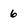
Character: 6